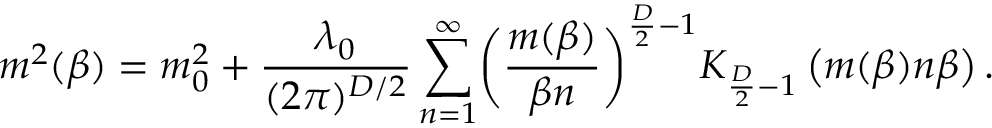
\ m ^ { 2 } ( \beta ) = m _ { 0 } ^ { 2 } + \frac { \lambda _ { 0 } } { ( 2 \pi ) ^ { D / 2 } } \sum _ { n = 1 } ^ { \infty } \biggl ( \frac { m ( \beta ) } { \beta n } \biggr ) ^ { \frac { D } { 2 } - 1 } K _ { \frac { D } { 2 } - 1 } \left( m ( \beta ) n \beta \right) .